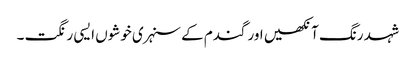
شہد رنگ آنکھیں اور گندم کے سنہری خوشوں ایسی رنگت ۔